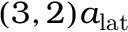
( 3 , 2 ) a _ { \mathrm { l a t } }